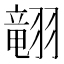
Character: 𱻢